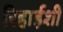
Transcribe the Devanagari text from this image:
रिहाईशी